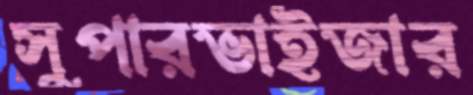
সুপারভাইজার